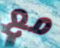
مع